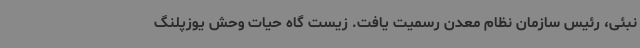
نبئی، رئیس سازمان نظام معدن رسمیت یافت. زیست گاه حیات وحش یوزپلنگ